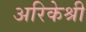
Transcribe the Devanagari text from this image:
अरिकेश्री